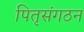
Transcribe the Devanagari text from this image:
पितृसंगठन